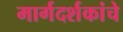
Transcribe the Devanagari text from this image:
मार्गदर्शकांचे